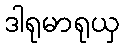
ဒါရုမာရုယှ